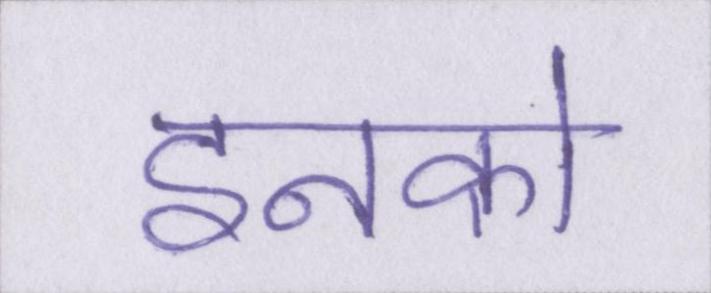
इनको